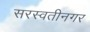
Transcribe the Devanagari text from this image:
सरस्वतीनगर